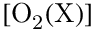
\mathrm { [ O _ { 2 } ( X ) ] }